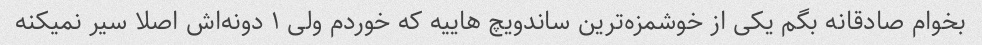
بخوام صادقانه بگم یکی از خوشمزه‌ترین ساندویچ هاییه که خوردم ولی ۱ دونه‌اش اصلا سیر نمیکنه